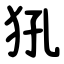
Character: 犼